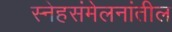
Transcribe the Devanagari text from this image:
स्नेहसंमेलनांतील